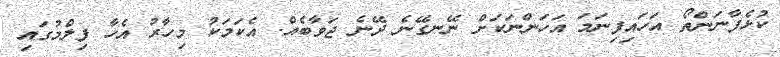
ކުޅެފާނަންތޯ އަހައިފިނަމަ އަހަންނަކަށް ނޭނގޭނެ ދޭނެ ޖަވާބެއް. އެކަމަކު މިހާރު އެހާ ފިލްމުގައި